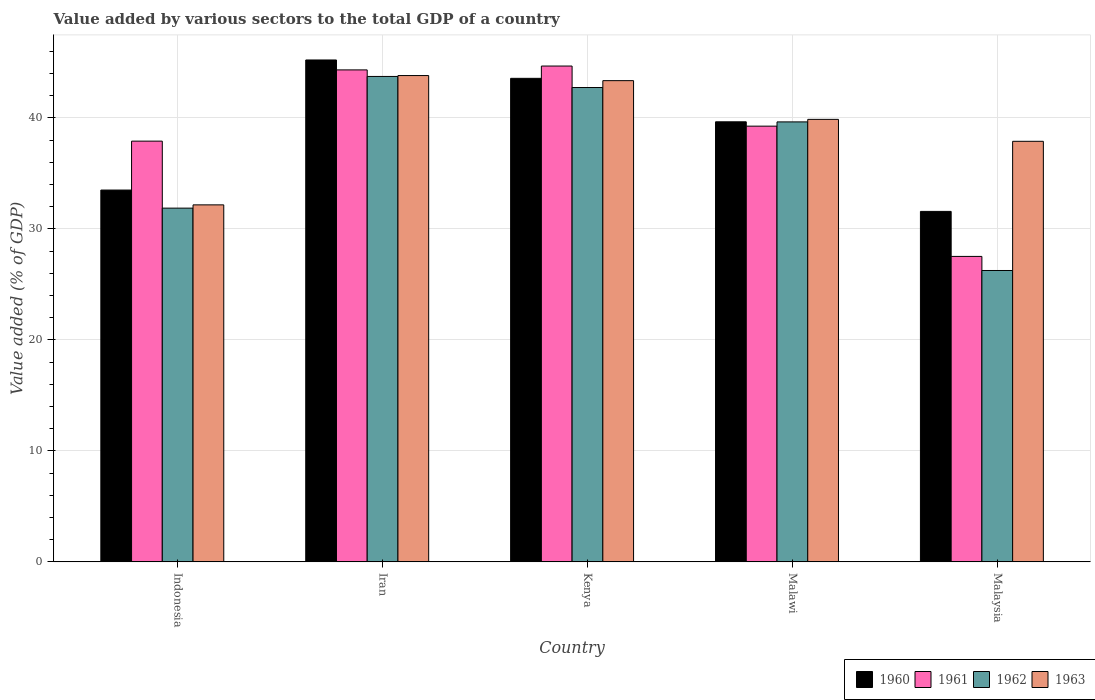
| Country | 1960 | 1961 | 1962 | 1963 |
 | --- | --- | --- | --- | --- |
 | Indonesia | 33.5 | 37.9 | 31.9 | 32.2 |
 | Iran | 45.2 | 44.3 | 43.7 | 43.8 |
 | Kenya | 43.6 | 44.7 | 42.7 | 43.4 |
 | Malawi | 39.6 | 39.3 | 39.6 | 39.9 |
 | Malaysia | 31.6 | 27.5 | 26.2 | 37.9 |